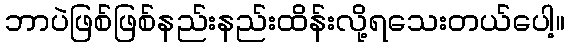
ဘာပဲဖြစ်ဖြစ်နည်းနည်းထိန်းလို့ရသေးတယ်ပေါ့။